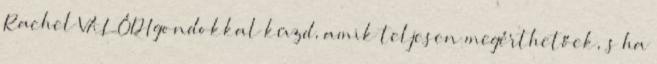
Rachel VALÓDI gondokkal küzd, amik teljesen megérthetőek, s ha